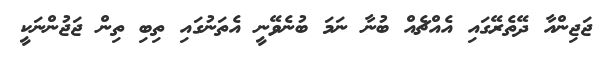
ޖަޖިންއާ ދޭތެރޭގައި އެއްޗެއް ބުނާ ނަމަ ބުނެވޭނީ އެތަނުގައި ތިބި ތިން ޖަޖުންނަކީ